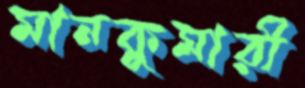
মানকুমারী